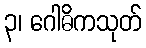
၃၊ ဂေါဓိကသုတ်